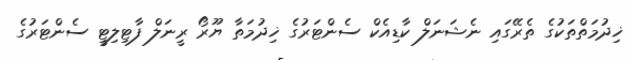
ޚިދުމަތްތަކުގެ ތެރޭގައި ނެޝަނަލް ކާޑިއެކް ސެންޓަރުގެ ޚިދުމަތާ ޔޫރޯ ރީނަލް ފާޓިލިޓީ ސެންޓަރުގެ